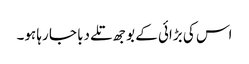
اس کی بڑائی کے بوجھ تلے دبا جا رہا ہو۔